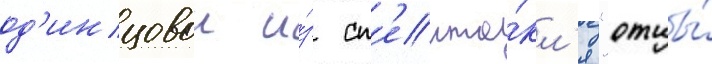
од'инцовои и́з сп'екта́кл'я "отцы́